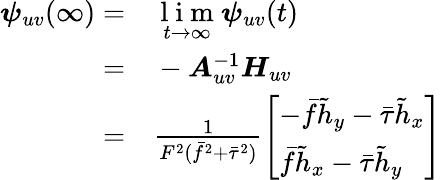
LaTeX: \begin{array}{rl}{\boldsymbol{\psi}_{uv}(\infty)=}&{{}\underset{t\rightarrow\infty}{\mathrm{~l~i~m~}}\boldsymbol{\psi}_{uv}(t)}\\ {=}&{{}-\boldsymbol{A}_{uv}^{-1}\boldsymbol{H}_{uv}}\\ {=}&{{}\frac{1}{F^{2}(\bar{f}^{2}+\bar{\tau}^{2})}\left[\begin{array}{l}{-\bar{f}\tilde{h}_{y}-\bar{\tau}\tilde{h}_{x}}\\ {\bar{f}\tilde{h}_{x}-\bar{\tau}\tilde{h}_{y}}\end{array}\right]}\end{array}